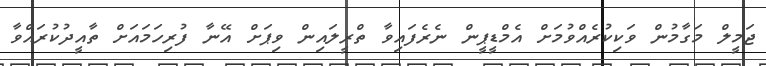
ޖަމީލް މަގާމުން ވަކިކުރެއްވުމަށް އެމްޑީޕީން ނެރެފައިވާ ތްރީލައިން ވިޕަށް އޭނާ ފުރިހަމައަށް ތާއީދުކުރައްވާ